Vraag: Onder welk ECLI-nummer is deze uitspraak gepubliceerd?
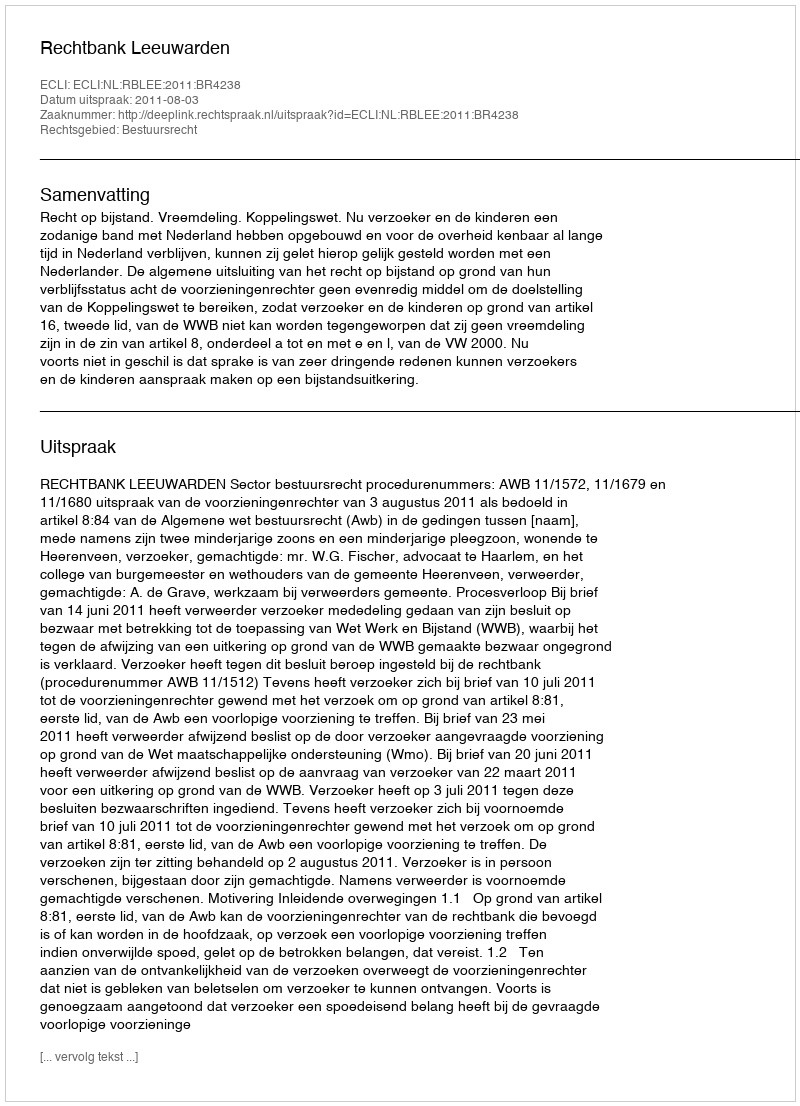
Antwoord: ECLI:NL:RBLEE:2011:BR4238